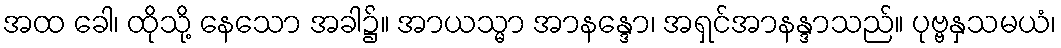
အထ ခေါ၊ ထိုသို့ နေသော အခါ၌။ အာယသ္မာ အာနန္ဒော၊ အရှင်အာနန္ဒာသည်။ ပုဗ္ဗနှသမယံ၊